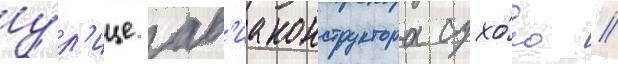
у́л'ице ав'иаконструктора сухо́го //